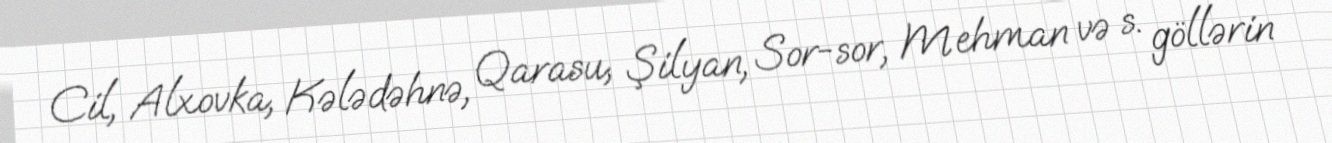
Cil, Alxovka, Kələdəhnə, Qarasu, Şilyan, Sor-sor, Mehman və s. göllərin